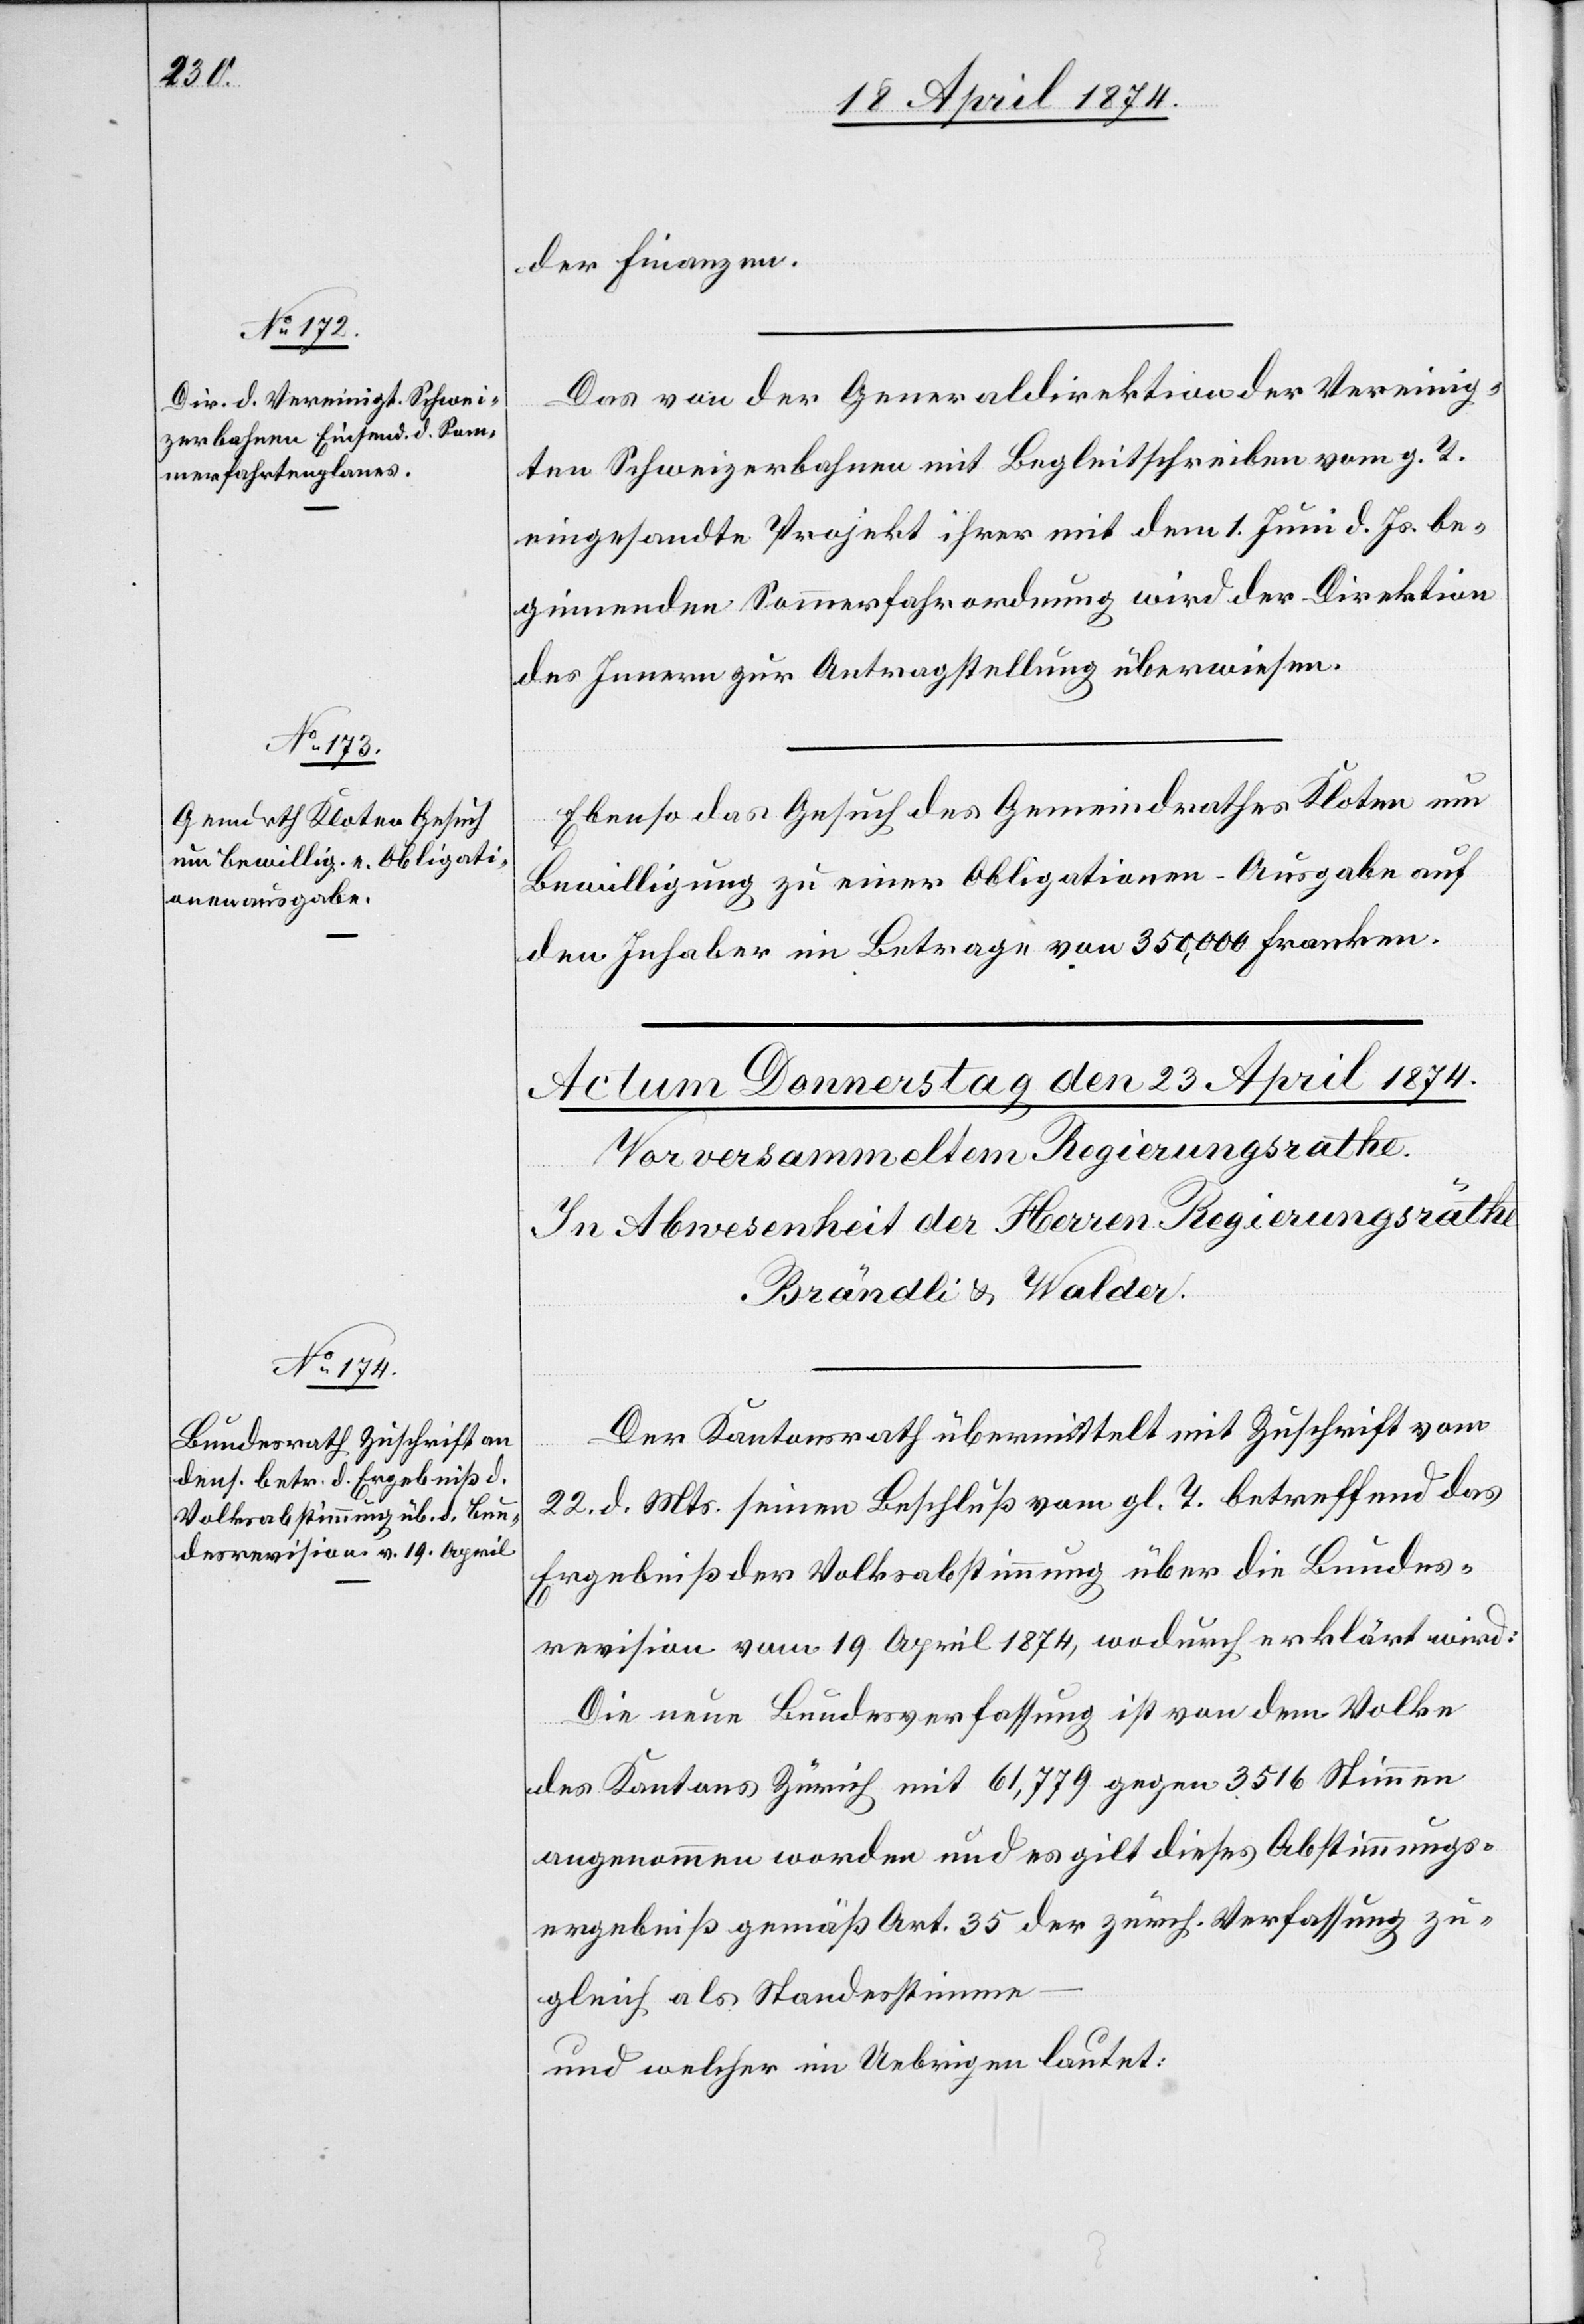
23. April 1874.]
der Finanzen.
Das von der Generaldirektion der Vereinig¬
ten Schweizerbahnen mit Begleitschreiben vom g. T.
eingesandte Projekt ihrer mit dem 1. Juli d. Js. be¬
ginnenden Sommerfahrordnung wird der Direktion
des Innern zur Antragstellung überwiesen.
Ebenso das Gesuch des Gemeindrathes Kloten um
Bewilligung zu einer Obligationen-Ausgabe auf
den Inhaber im Betrage von 350,000 Franken.
Der Kantonsrath übermittelt mit Zuschrift vom
22. d. Mts. seinen Beschluß vom gl. T. betreffend das
Ergebniß der Volksabstimmung über die Bundes¬
revision vom 19. April 1874, wodurch erklärt wird:
Die neue Bundesverfassung ist von dem Volke
des Kantons Zürich mit 61,779 gegen 3516 Stimmen
angenommen worden und es gilt dieses Abstimmungs¬
ergebniß gemäß Art. 35 der zürch. Verfassung zu¬
gleich als Standesstimme
und welcher im Uebrigen lautet: